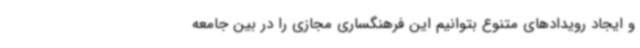
و ایجاد رویدادهای متنوع بتوانیم این فرهنگساری مجازی را در بین جامعه